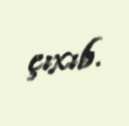
çıxıb.